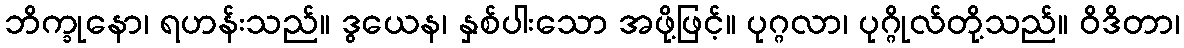
ဘိက္ခုနော၊ ရဟန်းသည်။ ဒွယေန၊ နှစ်ပါးသော အဖို့ဖြင့်။ ပုဂ္ဂလာ၊ ပုဂ္ဂိုလ်တို့သည်။ ဝိဒိတာ၊